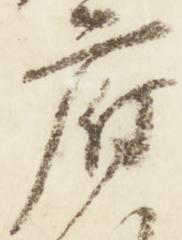
府